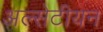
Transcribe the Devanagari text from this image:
अल्सेटीयन